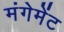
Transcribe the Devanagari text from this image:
मंगेमेंट